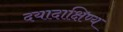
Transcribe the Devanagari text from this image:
दयादाक्षिण्य